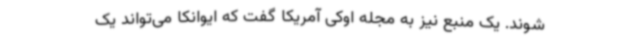
شوند. یک منبع نیز به مجله اوکی آمریکا گفت که ایوانکا می‌تواند یک